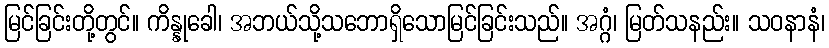
မြင်ခြင်းတို့တွင်။ ကိန္နုခေါ၊ အဘယ်သို့သဘောရှိသောမြင်ခြင်းသည်။ အဂ္ဂံ၊ မြတ်သနည်း။ သဝနာနံ၊